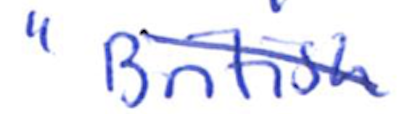
Text: "British
Cross-out: diagonal
Writing tool: ballpoint